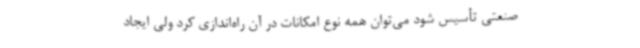
صنعتی تأسیس شود می‌توان همه نوع امکانات در آن راه‌اندازی کرد ولی ایجاد